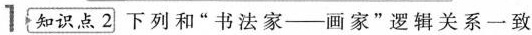
1 知识点2 下列和“书法家—画家”逻辑关系一致